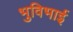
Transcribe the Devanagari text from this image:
भुविभाई